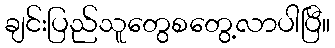
ချင်းပြည်သူတွေစတွေ့လာပါပြီ။